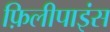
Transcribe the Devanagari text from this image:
फ़िलीपाइंस